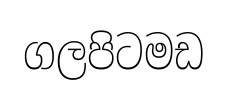
ගලපිටමඩ